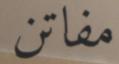
مفاتن